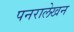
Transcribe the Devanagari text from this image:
पनरालेखन